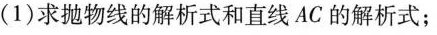
(1)求抛物线的解析式和直线AC的解析式；